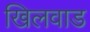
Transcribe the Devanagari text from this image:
खिलवाड